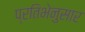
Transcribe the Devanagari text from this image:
प्रतिभेनुसार